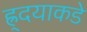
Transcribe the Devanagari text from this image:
ह्र्दयाकडे